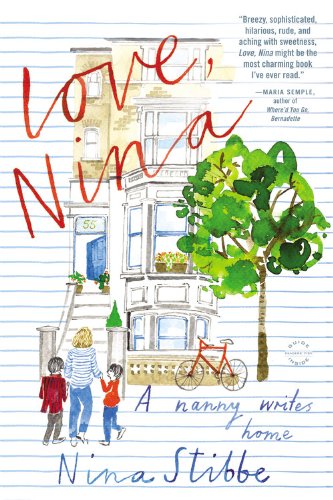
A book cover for Love, Nina: A Nanny Writes Home; Nina Stibbe; Parenting & Relationships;